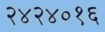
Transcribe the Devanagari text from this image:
२४२४०१६